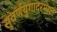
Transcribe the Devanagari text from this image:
सुवर्णयुगादरम्यान